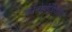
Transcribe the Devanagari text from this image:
कीनोपोडिएसिइ